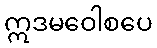
ဣဒမဝေါစပေ